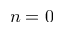
n = 0